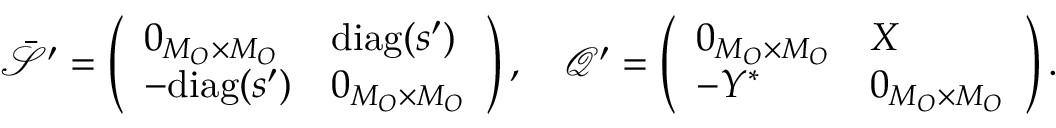
\bar { \mathcal { S } } ^ { \prime } = \left( \begin{array} { l l } { 0 _ { M _ { O } \times M _ { O } } } & { \mathrm { d i a g } ( s ^ { \prime } ) } \\ { - \mathrm { d i a g } ( s ^ { \prime } ) } & { 0 _ { M _ { O } \times M _ { O } } } \end{array} \right) , \quad \mathcal { Q } ^ { \prime } = \left( \begin{array} { l l } { 0 _ { M _ { O } \times M _ { O } } } & { X } \\ { - Y ^ { * } } & { 0 _ { M _ { O } \times M _ { O } } } \end{array} \right) .